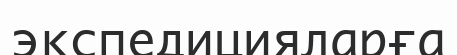
экспедицияларға